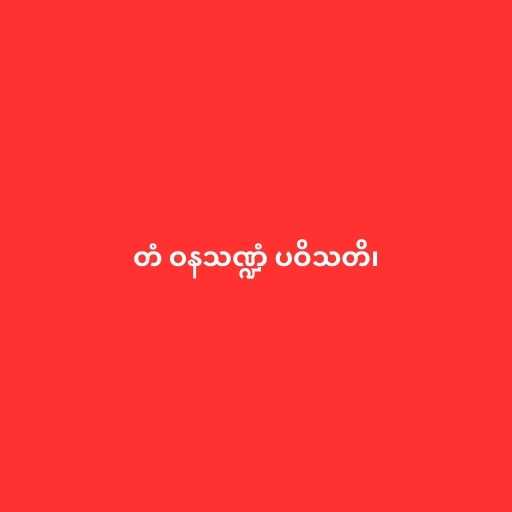
တံ ဝနသဏ္ဍံ ပဝိသတိ၊